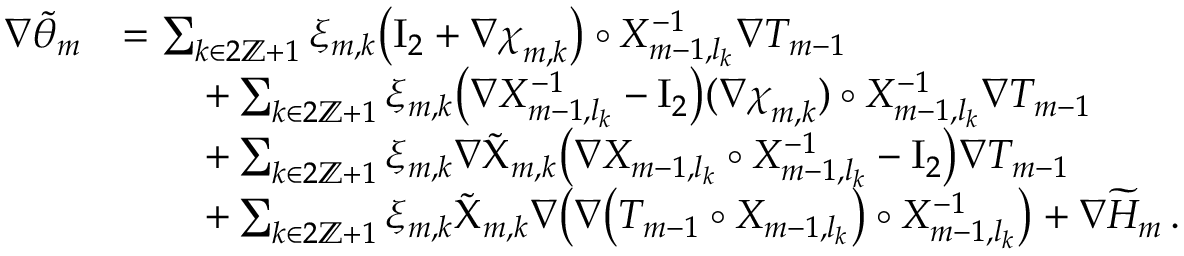
\begin{array} { r l } { \nabla \tilde { \theta } _ { m } } & { = \sum _ { k \in 2 \ensuremath { \mathbb { Z } } + 1 } \xi _ { m , k } \bigl ( \ensuremath { \mathrm { I } _ { 2 } } + \nabla { \boldsymbol { \chi } } _ { m , k } \bigr ) \circ X _ { m - 1 , l _ { k } } ^ { - 1 } \nabla T _ { m - 1 } } \\ & { \qquad + \sum _ { k \in 2 \ensuremath { \mathbb { Z } } + 1 } \xi _ { m , k } \bigl ( \nabla X _ { m - 1 , l _ { k } } ^ { - 1 } - \ensuremath { \mathrm { I } _ { 2 } } \bigr ) ( \nabla { \boldsymbol { \chi } } _ { m , k } ) \circ X _ { m - 1 , l _ { k } } ^ { - 1 } \nabla T _ { m - 1 } } \\ & { \qquad + \sum _ { k \in 2 \ensuremath { \mathbb { Z } } + 1 } \xi _ { m , k } \nabla \tilde { \Chi } _ { m , k } \bigl ( \nabla X _ { m - 1 , l _ { k } } \circ X _ { m - 1 , l _ { k } } ^ { - 1 } - \ensuremath { \mathrm { I } _ { 2 } } \bigr ) \nabla T _ { m - 1 } } \\ & { \qquad + \sum _ { k \in 2 \ensuremath { \mathbb { Z } } + 1 } \xi _ { m , k } \tilde { \Chi } _ { m , k } \nabla \bigl ( \nabla \bigl ( T _ { m - 1 } \circ X _ { m - 1 , l _ { k } } \bigr ) \circ X _ { m - 1 , l _ { k } } ^ { - 1 } \bigr ) + \nabla \widetilde { H } _ { m } \, . } \end{array}